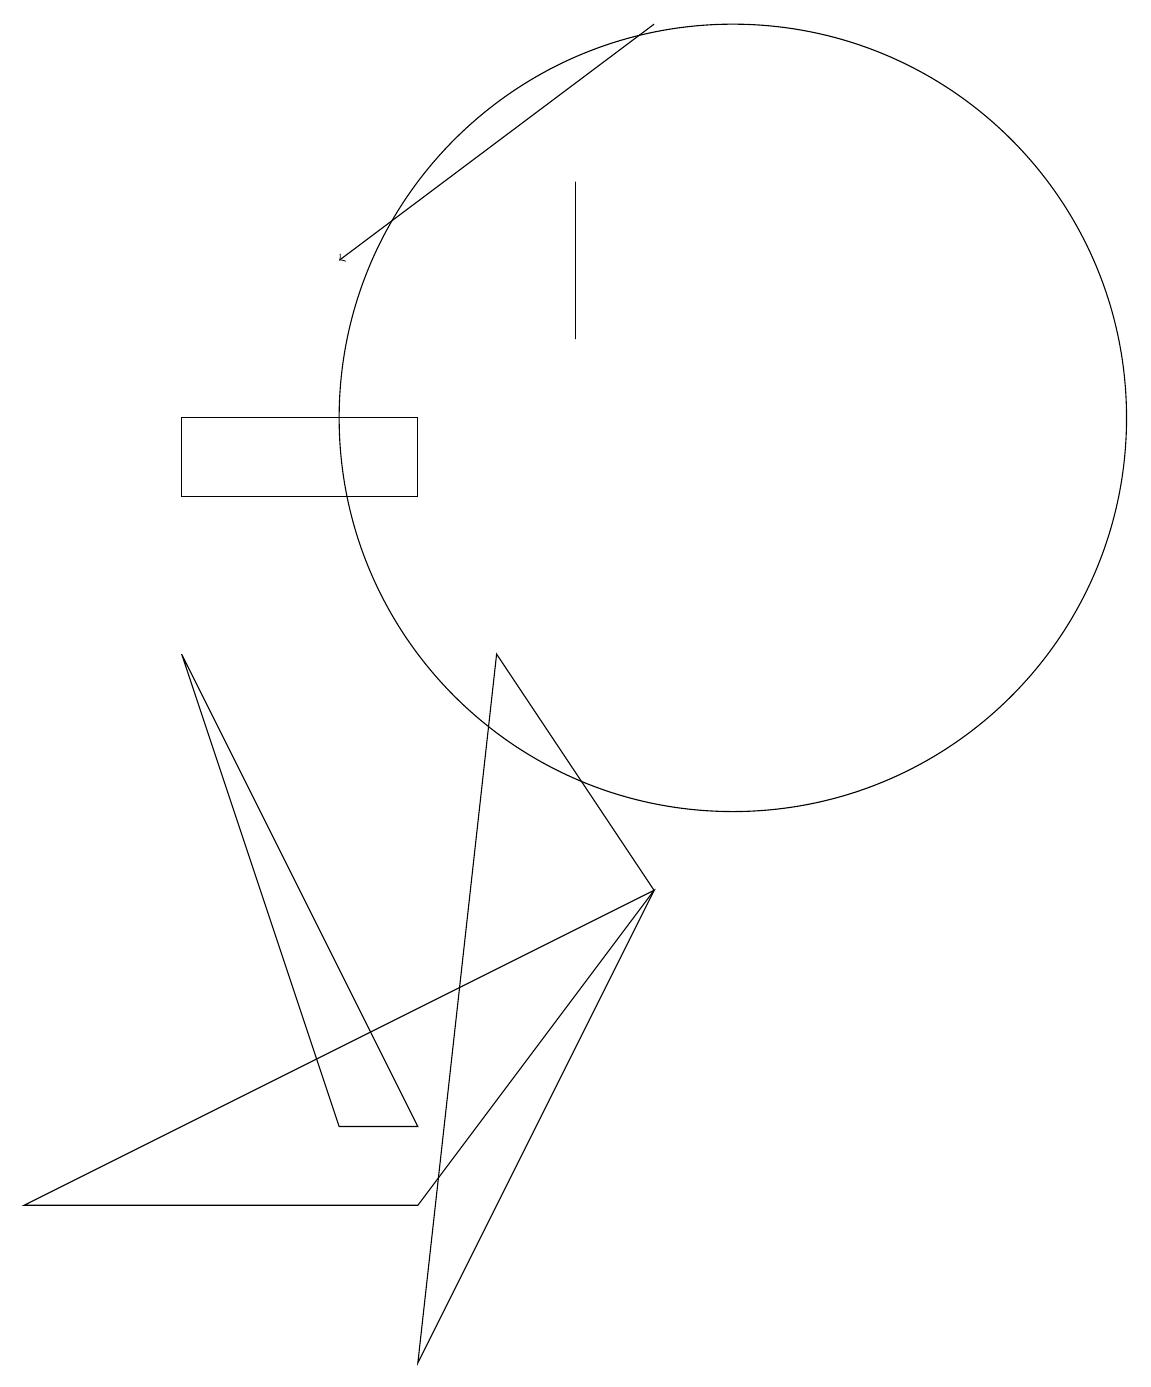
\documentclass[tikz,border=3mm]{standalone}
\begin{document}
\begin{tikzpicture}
\draw[->] (9,17) -- (5,14);
\draw (1,2) -- (9,6) -- (6,2) -- cycle;
\draw (10,12) circle (5);
\draw (6,11) rectangle (3,12);
\draw (6,3) -- (5,3) -- (3,9) -- cycle;
\draw (7,9) -- (9,6) -- (6,0) -- cycle;
\draw (8,13) rectangle (8,15);
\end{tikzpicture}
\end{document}